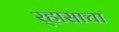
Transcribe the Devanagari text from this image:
र्‍हासाचा